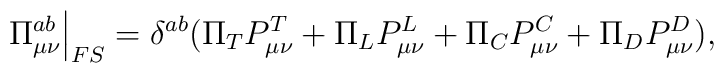
\left.\Pi^{ab}_{\mu\nu} \right |_{FS}=\delta^{ab}(\Pi_{T} P_{\mu\nu}^T + \Pi_{L} P_{\mu\nu}^L+\Pi_{C} P_{\mu\nu}^C + \Pi_{D} P_{\mu\nu}^D),